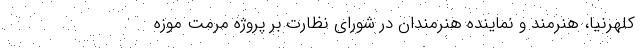
کلهرنیا، هنرمند و نماینده هنرمندان در شورای نظارت بر پروژه مرمت موزه